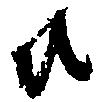
共